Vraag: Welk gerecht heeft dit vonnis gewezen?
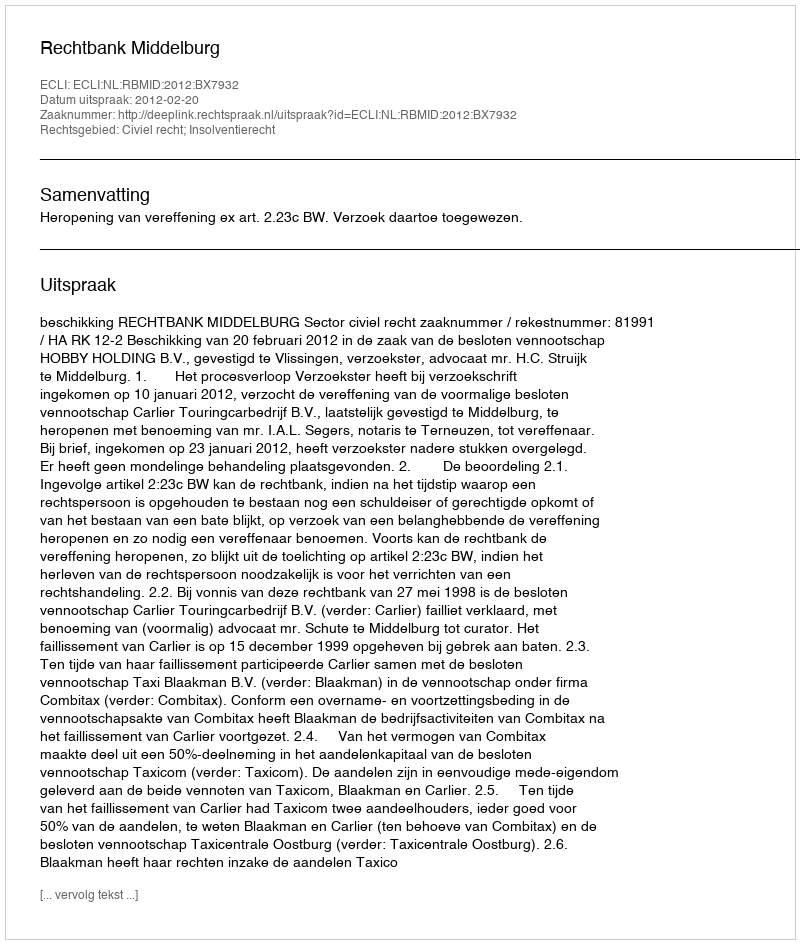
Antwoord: Rechtbank Middelburg